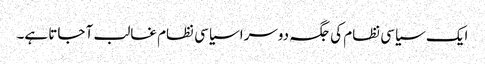
ایک سیاسی نظام کی جگہ دوسرا سیاسی نظام غالب آ جاتا ہے۔